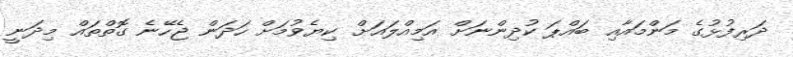
ދަރިފުޅުގެ މަންމައާއި ބައްޕަ ކުދިންނަށް އަމިއްލައަށް ކިޔެވުމަށް ހަދަން ޖެހޭނެ ގޮތްތައް މިދަނީ